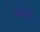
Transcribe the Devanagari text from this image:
कारोले